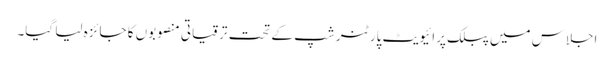
اجلاس میں پبلک پرائیویٹ پارٹنر شپ کے تحت ترقیاتی منصوبوں کا جائزہ لیا گیا۔